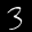
Label: 3